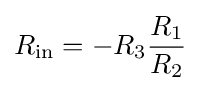
R_{\text{in}}=-R_{3}{\frac {R_{1}}{R_{2}}}